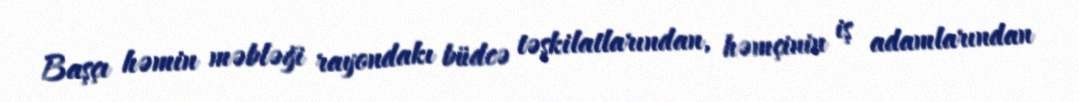
Başçı həmin məbləği rayondakı büdcə təşkilatlarından, həmçinin iş adamlarından